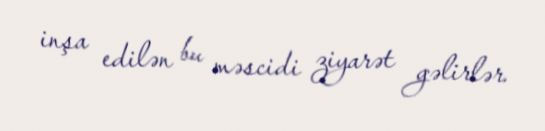
inşa edilən bu məscidi ziyarət gəlirlər.